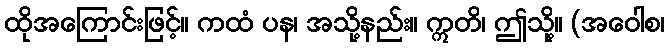
ထိုအကြောင်းဖြင့်။ ကထံ ပန၊ အသို့နည်း။ ဣတိ၊ ဤသို့။ (အဝေါစ၊